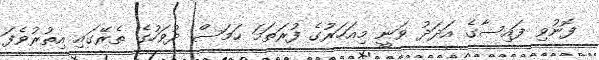
ފޮނުވި ފައިސާގެ އަދަދު ވަނީ މިއަހަރުގެ ފުރަތަމަ ހަމަސް ދުވަހުގެ ތެރޭގައި އިތުރުވެފަ